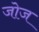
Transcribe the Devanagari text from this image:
जोज